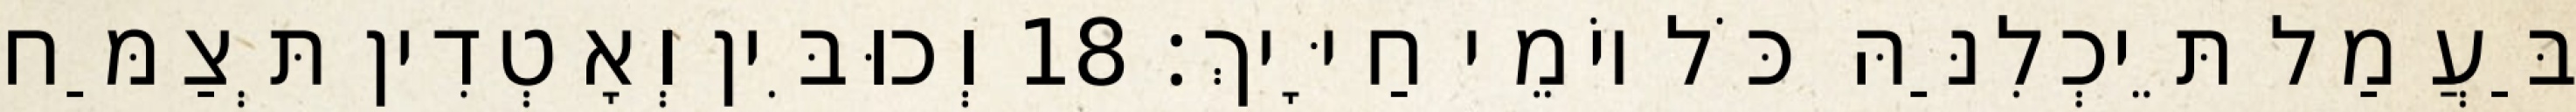
בַּעֲמַל תֵּיכְלִנַּהּ כֹּל יוֹמֵי חַיָּיךְ׃ 18 וְכוּבִּין וְאָטְדִין תְּצַמַּח